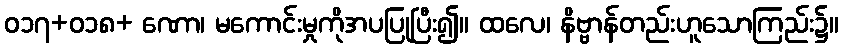
ဝ၁၇+၀၁၈+ ဏော၊ မကောင်းမှုကိုအပပြုပြီး၍။ ထလေ၊ နိဗ္ဗာန်တည်းဟူသောကြည်း၌။